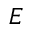
E